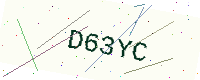
Text: D63YC